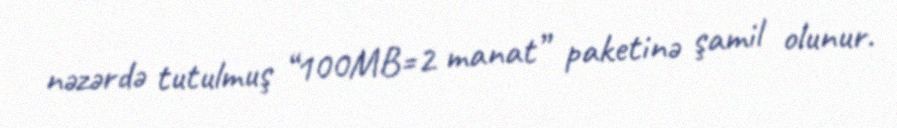
nəzərdə tutulmuş “100MB=2 manat” paketinə şamil olunur.